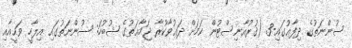
ސުންނަތުގެ ދިފާޢުގައި-3 (ޤުރުއާނިސްޓުން ކަމަށް ދަޢުވާކުރާ ޖަމާޢަތުގެ ޝުބުހަ: ސުންނަތުގައި އިލާހީ ވަޙީއާއި